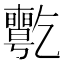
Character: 𠄊